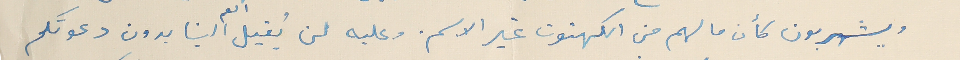
ويشربون كأن ما لهم من الكهنوت غير الاسم. وعليه لن يُقبل العم الينا بدون دعوتكم